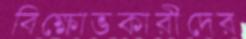
বিক্ষোভকারীদের